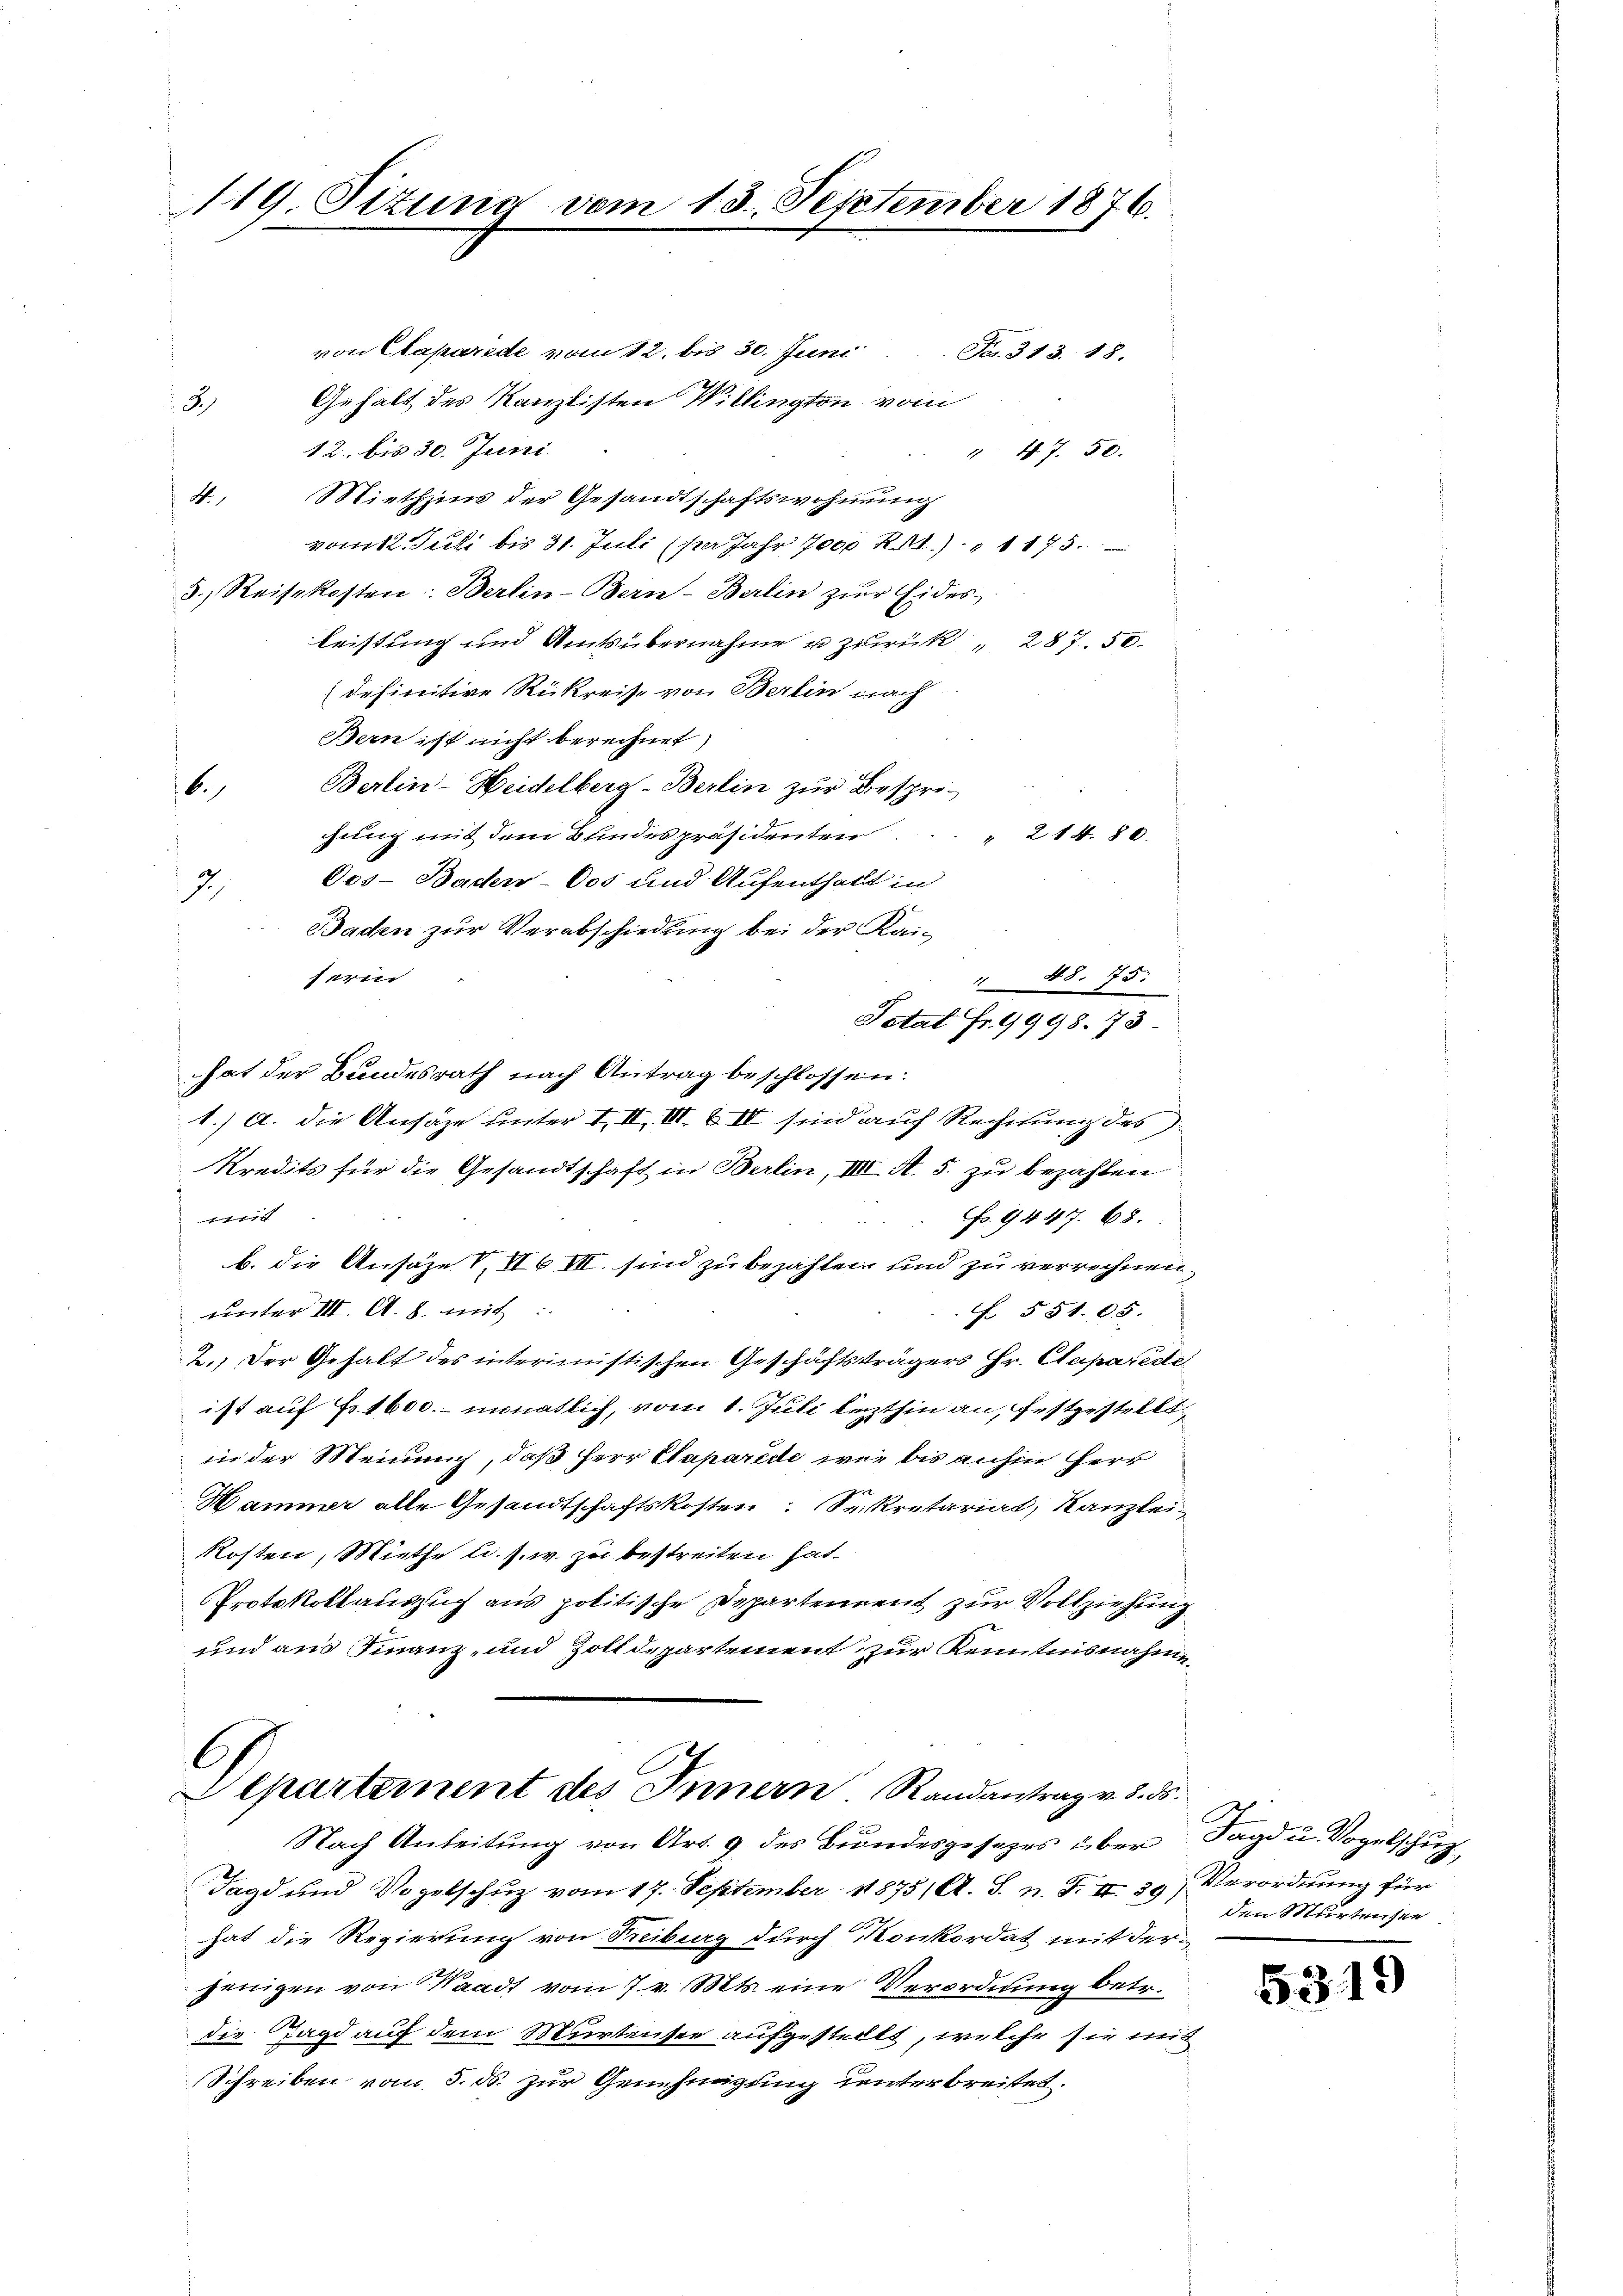
119. Sizung vom 13. September 1876.
1

von Claparede vom 12. bis 30. Juni
3.) Gehalt des Kanzlisten Willington vom
12. bis 30. Juni
" 47. 50.
4
Miethzins der Gesandtschaftswohnung
vomit Juli bis 31. Juli (per Jahr 7000 Rt. 1175
3. Reisekosten: Berlin-Bern-Berlin zur Eides
leistung und Amtsübernahme u zurück " 287. 50
(definitive Rükreise von Berlin nach
Bern ist nicht berechnet
Berlin-Heidelberg-Berlin zur Bespro¬
6.)
gung mit dem Bundespräsidenten
" 244. 80.
Oos- Baden-Cos und Aufenthalt in
.
Baden zur Verabschiedung bei der Kaiserin
 48. 75.
Total Fr. 9998. 73.
hat der Bundesrath nach Antrag beschlossen:
1.) a. die Ansäze unter III. III. B. IV sind auf Rechnung des
Kredits für die Gesandtschaft in Berlin, IIII. A. 5. zu bezahlen
) mit
Fr. 94 47. 68.
b. die Ansäze VII III. sind zu bezahlen und zu verrechnen
uunter III. A. S. mit
 551. 65.
2.) Der Gehalt des interimistischen Geschäftsträgers Hr. Caparente
ist auf Fr. 1600.- monatlich, vom 1. Juli lezthin an, festgestellt,
in der Meinung, daß Herr Caparede wie bis anhin Herr
Hammer alle Gesandtschaftskosten: Sekretariat, Kanzlei-
Kosten, Miethe u. s. w. zu bestreiten hat.
Protokollauszug aus politische Departement zur Vollziehung
und aus Finanz- und Zolldepartement zur Kenntnisnahme¬

Fr. 313. 18.

Departement des Innern. Randantrag v. 3. ds.

Nach Anleitung von Art. 9 des Bundesgesetzes über Jagd u. Vogelschut
Jagd und Vogelschuz vom 17. September 1875 / A. S. n. F. II. 39, Verordnung für
hat die Regierung von Freiburg durch Konkordat mit derjenigen von Waadt vom 7. v. Mts. eine Verordnung betr.
die Tagd auf dem Murtensee aufgestellt, welche sie mit
Schreiben vom 5. ds. zur Genehmigung unterbreitet.

den Murtensee

5319